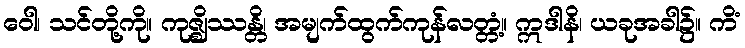
ဝေါ၊ သင်တို့ကို။ ကုဇ္ဈိဿန္တိ၊ အမျက်ထွက်ကုန်လတ္တံ့။ ဣဒါနိ၊ ယခုအခါ၌။ ကိံ